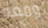
ومعه